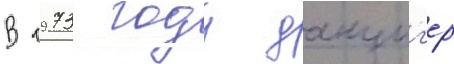
В 1973 году данциг'ер